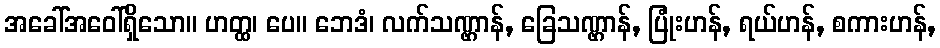
အခေါ်အဝေါ်ရှိသော။ ဟတ္ထ၊ ပေ။ ဘေဒံ၊ လက်သဏ္ဌာန်, ခြေသဏ္ဌာန်, ပြုံးဟန်, ရယ်ဟန်, စကားဟန်,